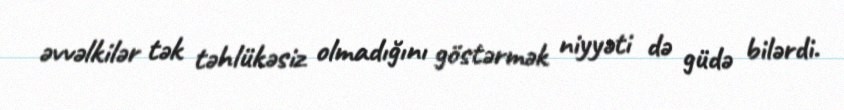
əvvəlkilər tək təhlükəsiz olmadığını göstərmək niyyəti də güdə bilərdi.